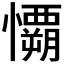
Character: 𰒟